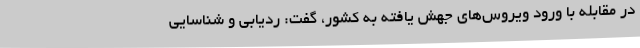
در مقابله با ورود ویروس‌های جهش یافته به کشور، گفت: ردیابی و شناسایی